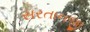
સરતાનજી